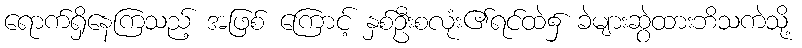
ရောက်ရှိနေကြသည့် အဖြစ် ကြောင့် နှစ်ဦးစလုံး၏ရင်ထဲ၌ ခဲများဆွဲထားဘိသကဲသို့